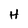
Character: H